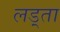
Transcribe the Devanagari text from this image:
लड़्ता